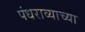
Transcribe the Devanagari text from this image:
पंधराव्याच्या